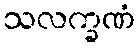
သလက္ခဏံ